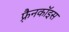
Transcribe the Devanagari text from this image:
फ़्रैनकॉइस